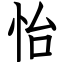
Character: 怡